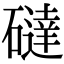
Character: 䃮